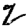
Digit: 2